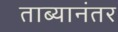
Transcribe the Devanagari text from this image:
ताब्यानंतर